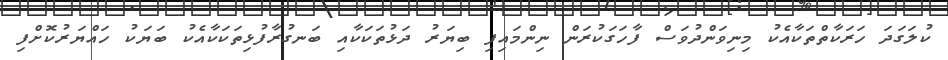
ކުލަގަދަ ހަރަކާތްތަކާއެކު މިނިވަންދުވަސް ފާހަގަކުރަން ނިންމައިފި ބިޔަރު ދަޅުތަކަކާއި ބަނގުރާފުޅިތަކަކާއެކު ބަޔަކު ހައްޔަރުކޮށްފި